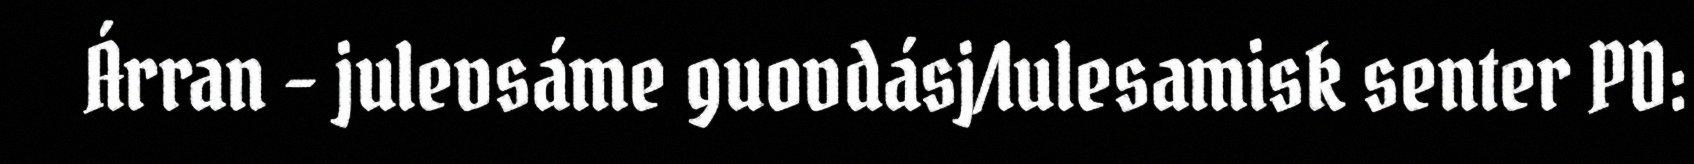
Árran - julevsáme guovdásj/lulesamisk senter PD: